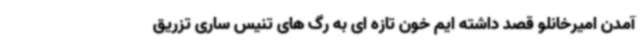
آمدن امیرخانلو قصد داشته ایم خون تازه ای به رگ های تنیس ساری تزریق